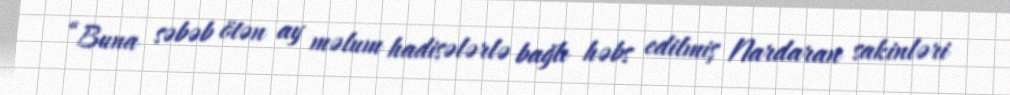
“Buna səbəb ötən ay məlum hadisələrlə bağlı həbs edilmiş Nardaran sakinləri